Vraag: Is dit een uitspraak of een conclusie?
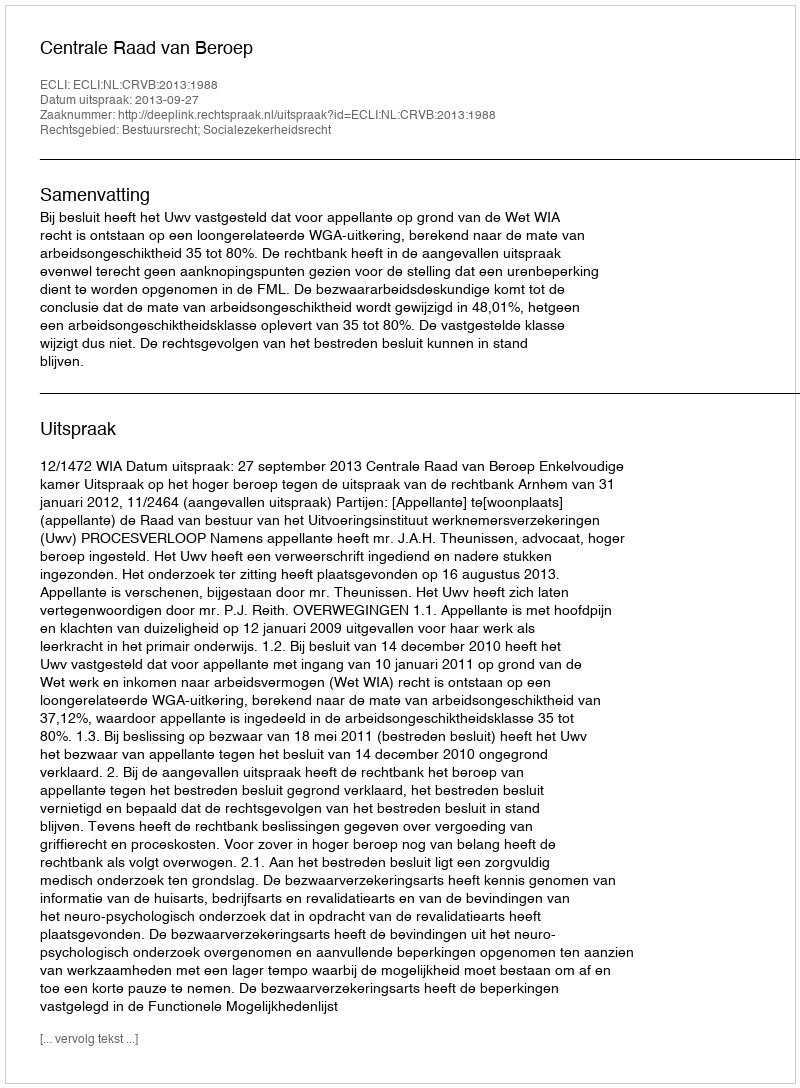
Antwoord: Uitspraak